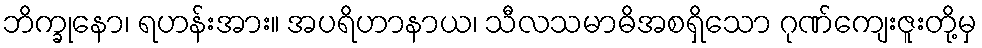
ဘိက္ခုနော၊ ရဟန်းအား။ အပရိဟာနာယ၊ သီလသမာဓိအစရှိသော ဂုဏ်ကျေးဇူးတို့မှ